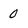
Character: 0